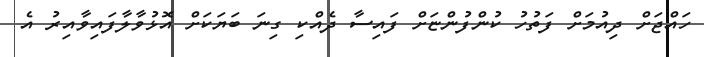
ހައްޖަށް ދިއުމަށް ފަތުހު ކުންފުންޏަށް ފައިސާ ދެއްކި ގިނަ ބަޔަކަށް އޮޅުވާލާފައިވާއިރު އެ